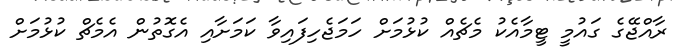
ރާއްޖޭގެ ގައުމީ ޓީމާއެކު މެޗެއް ކުޅުމަށް ހަމަޖެހިފައިވާ ކަމަށާއި އެގޮތުން އެމެޗް ކުޅުމަށް